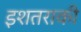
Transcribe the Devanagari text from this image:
इशतराकी